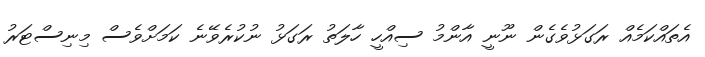
އެތައްކަމެއް ރަގަޅުވެގެން ނޫނީ އާންމު ސިއްހީ ހާލަތު ރަގަޅު ނުކުރެވޭނެ ކަމަށްވެސް މިނިސްޓަރު